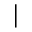
\vert